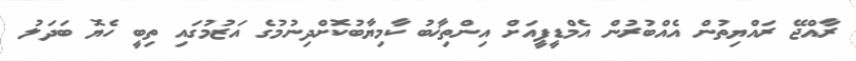
ރާއްޖޭ ރައްޔިތުން އެއްބުރުން އެމްޑީޕީއަށް އިންތިޚާބު ކާމިޔާބުކޮށްދިނުމުގެ އަޒުމުގައި ތިބީ ހެޔޮ ބަދަލު